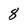
Character: 8